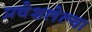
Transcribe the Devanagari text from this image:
प्रवेशलेल्या